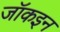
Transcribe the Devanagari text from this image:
जॉकइन